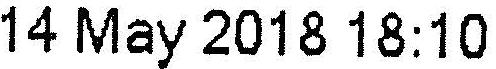
14 MAY 2018 18:10